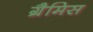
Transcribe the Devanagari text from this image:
ग्रैमिस